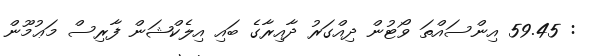
: 59.45 އިންސައްތަ ވޯޓުން ދިއްގަރު ދާއިރާގެ ބައި އިލެކްޝަން ފާރިސް މަޢުމޫން